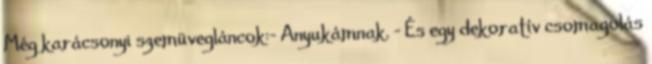
Még karácsonyi szemüvegláncok:- Anyukámnak. - És egy dekoratív csomagolás